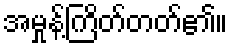
အမှုန့်ကြိတ်တတ်၏။